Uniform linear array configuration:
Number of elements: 16
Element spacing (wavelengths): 0.5
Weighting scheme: cosine
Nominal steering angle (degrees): -30
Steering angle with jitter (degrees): -28.216
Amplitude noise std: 0.05
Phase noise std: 0.05

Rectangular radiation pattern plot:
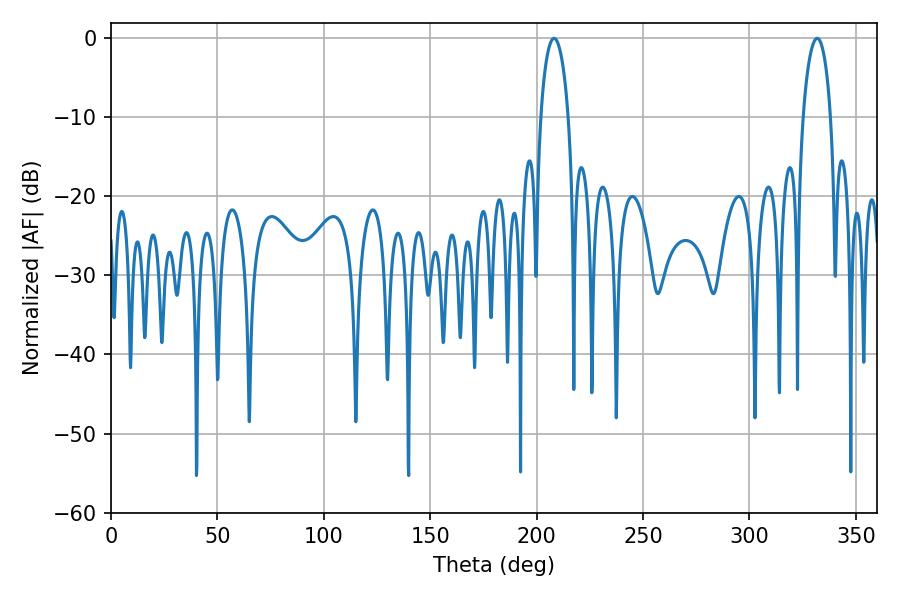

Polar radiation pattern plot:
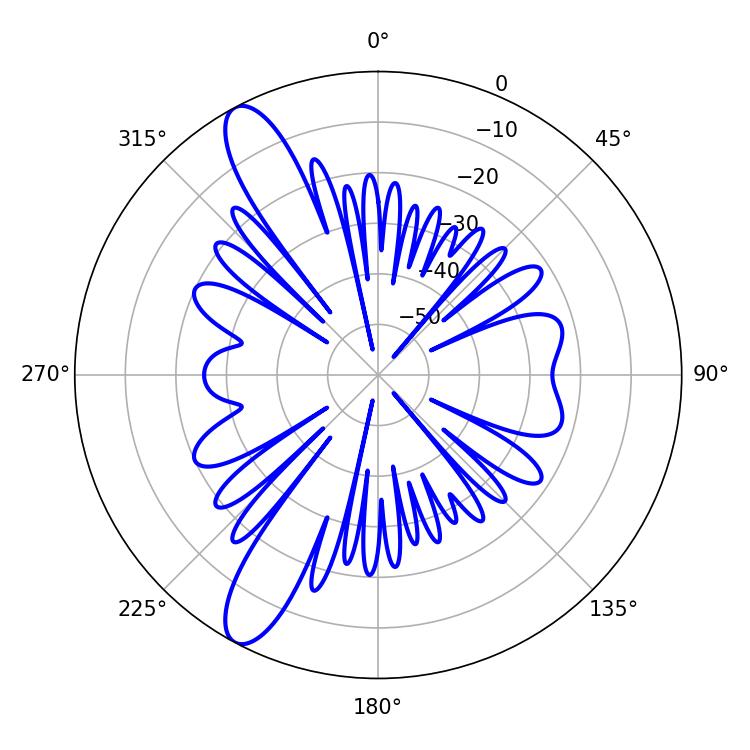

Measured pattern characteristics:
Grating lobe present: FALSE
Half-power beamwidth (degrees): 7.56
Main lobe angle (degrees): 331.74